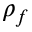
\rho _ { f }